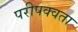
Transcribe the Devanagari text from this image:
परीपक्वता